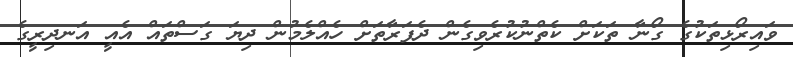
ވައިރޯޅިތަކުގެ ގޯނާ ތަކަށް ކެތްނުކުރެވިގެން ދެފަރާތަށް ހެއްލެމުން ދިޔަ ގަސްތައް އެއީ އަނދިރީގެ